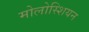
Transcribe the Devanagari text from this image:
मोलोस्शियन